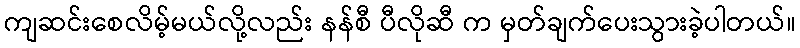
ကျဆင်းစေလိမ့်မယ်လို့လည်း နန်စီ ပီလိုဆီ က မှတ်ချက်ပေးသွားခဲ့ပါတယ်။